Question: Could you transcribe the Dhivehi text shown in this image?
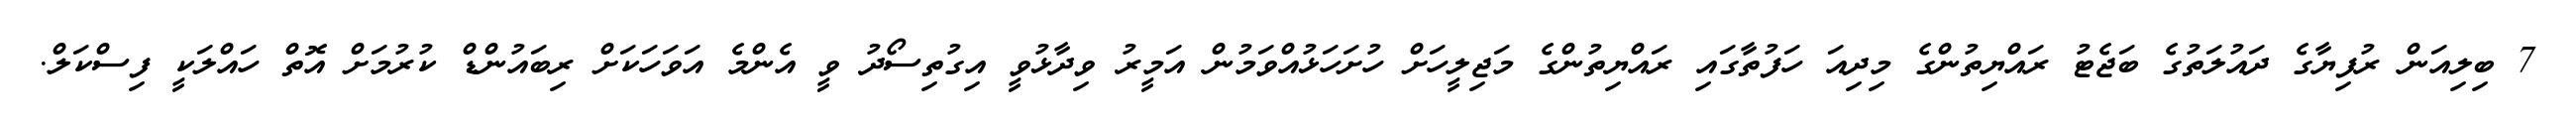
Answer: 7 ބިލިއަން ރުފިޔާގެ ދައުލަތުގެ ބަޖެޓު ރައްޔިތުންގެ މިދިއަ ހަފުތާގައި ރައްޔިތުންގެ މަޖިލީހަށް ހުށަހަޅުއްވަމުން އަމީރު ވިދާޅުވީ އިގުތިސޯދު ވީ އެންމެ އަވަހަކަށް ރިބައުންޑް ކުރުމަށް އޮތް ހައްލަކީ ފިސްކަލް.